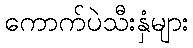
ကောက်ပဲသီးနှံများ